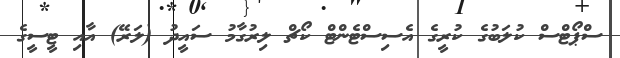
ސްޕޯޓްސް ކުލަބުގެ ކުރީގެ އެސިސްޓެންޓް ކޯޗް ލިރުގާމު ސައީދު (ލަރޭ) އާއި ޓީސީގެ